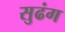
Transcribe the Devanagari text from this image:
सुढंग